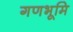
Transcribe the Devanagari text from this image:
गणभूमि